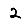
Digit: 2